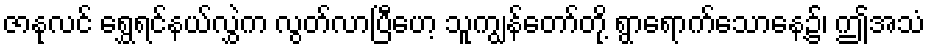
ဇာနုလင် ရွှေရင်နယ်လွှဲက လွတ်လာပြီဟေ့ သူကျွန်တော်တို့ ရွာရောက်သောနေ့၌၊ ဤအသံ